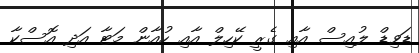
ޑަވިޑް ލުއިސް އާއި ގެރީ ކޭހިލް އާއި ހުއާން މަޓާ އަދި އޮސްކާ